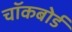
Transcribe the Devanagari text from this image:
चॉकबोर्ड